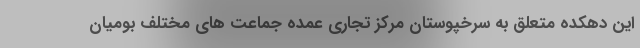
این دهکده متعلق به سرخپوستان مرکز تجاری عمده جماعت های مختلف بومیان